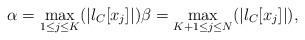
LaTeX: \begin{align*} \alpha = \underset{1 \leq j \leq K} {\mathrm{max}} (\vert l_C[x_j]\vert) \beta = \underset{K+1 \leq j \leq N}{\mathrm{max}} (\vert l_C[x_j] \vert),\end{align*}